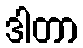
ဒါတာ